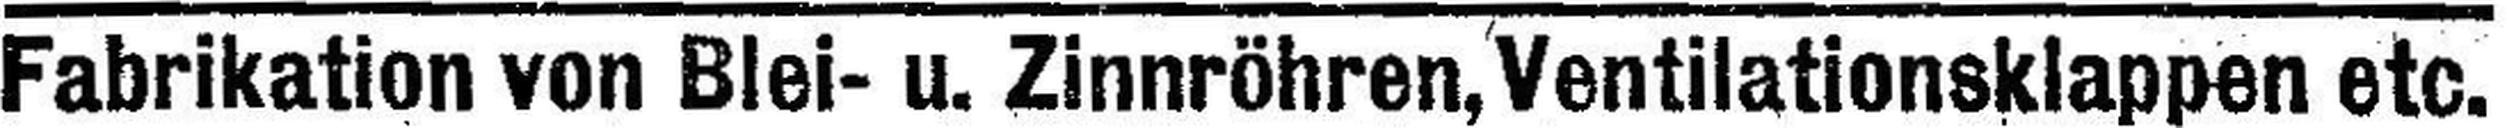
Fabrikation von Blei- u. Zinnröhren, Ventilationsklappen etc.